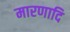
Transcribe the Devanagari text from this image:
मारणादि